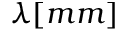
\lambda [ m m ]